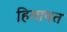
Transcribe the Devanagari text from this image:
हिमापत